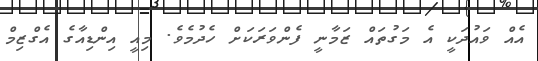
އެއް ވައުދަކީ އެ މަގުތައް ޒަމާނީ ފެންވަރަކަށް ހެދުމެވެ. މިއީ އިންޑިއާގެ އެގްޒިމް